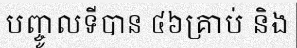
បញ្ចូលទីបាន ៤៦គ្រាប់ និង